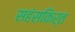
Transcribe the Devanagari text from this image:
सहंसकिर्त